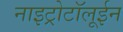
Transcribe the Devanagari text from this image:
नाइट्रोटॉलूईन